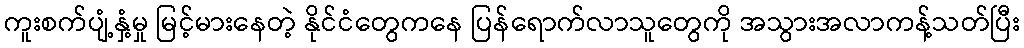
ကူးစက်ပျံ့နှံ့မှု မြင့်မားနေတဲ့ နိုင်ငံတွေကနေ ပြန်ရောက်လာသူတွေကို အသွားအလာကန့်သတ်ပြီး